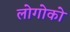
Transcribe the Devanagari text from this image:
लोगोको